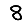
Digit: 8